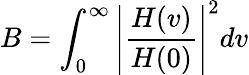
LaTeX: B=\int_{0}^{\infty}\left|\frac{H(v)}{H(0)}\right|^{2}dv